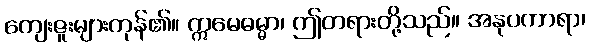
ကျေးဇူးများကုန်၏။ ဣမေဓမ္မာ၊ ဤတရားတို့သည်။ အနုပကာရာ၊